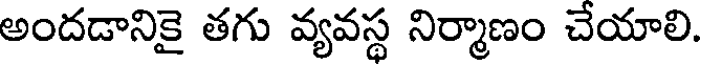
అందడానికై తగు వ్యవస్థ నిర్మాణం చేయాలి.